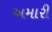
અમારી